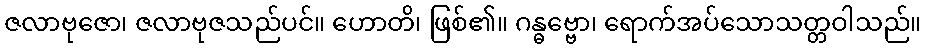
ဇလာဗုဇော၊ ဇလာဗုဇသည်ပင်။ ဟောတိ၊ ဖြစ်၏။ ဂန္ဓဗ္ဗော၊ ရောက်အပ်သောသတ္တဝါသည်။